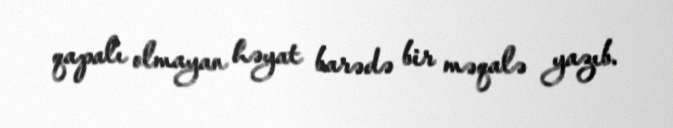
qapalı olmayan həyat barədə bir məqalə yazıb.